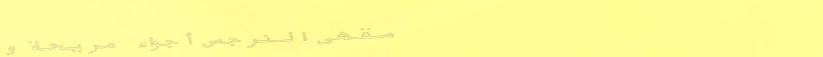
مقهى النرجس أجواء مريحة و